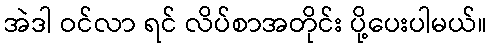
အဲဒါ ဝင်လာ ရင် လိပ်စာအတိုင်း ပို့ပေးပါမယ်။